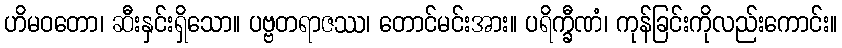
ဟိမဝတော၊ ဆီးနှင်းရှိသော။ ပဗ္ဗတရာဇဿ၊ တောင်မင်းအား။ ပရိက္ခီဏံ၊ ကုန်ခြင်းကိုလည်းကောင်း။